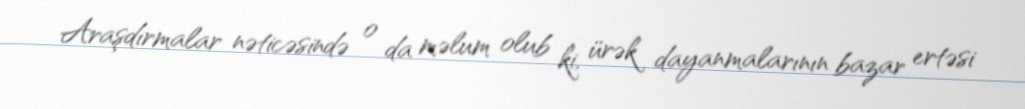
Araşdırmalar nəticəsində o da məlum olub ki, ürək dayanmalarının bazar ertəsi